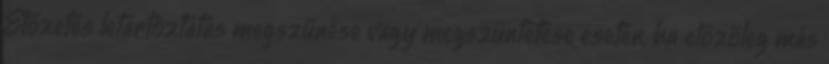
Előzetes letartóztatás megszűnése vagy megszüntetése esetén, ha előzőleg más